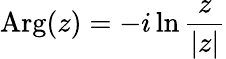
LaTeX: \operatorname{Arg}(z)=-i\ln{\frac{z}{|z|}}